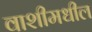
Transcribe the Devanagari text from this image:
वाशीमधील